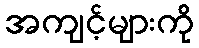
အကျင့်များကို